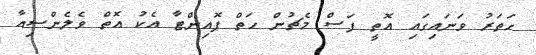
ހަތަރު ވަނައިގައި އޮތީ ފަސް މެޗުން ހަތް ޕޮއިންޓާ އެކު އޮތް ވެލެންސިއާ